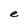
Character: e